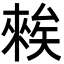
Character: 𥏳